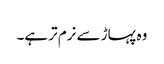
وہ پہاڑ سے نرم تر ہے۔